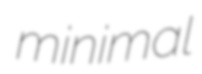
minimal